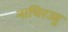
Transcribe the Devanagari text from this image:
नाभिरज्जु